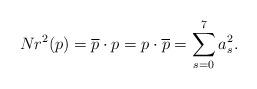
LaTeX: \begin{align*}Nr^{2}(p)=\overline{p}\cdot p=p\cdot \overline{p}=\sum_{s=0}^{7}a_{s}^{2}.\end{align*}